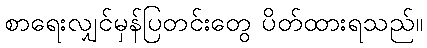
စာရေးလျှင်မှန်ပြတင်းတွေ ပိတ်ထားရသည်။